Annual report of the Punjab Veterinary College and of the Civil Veterinary Department, Punjab - 1926-1932
Year: 1926
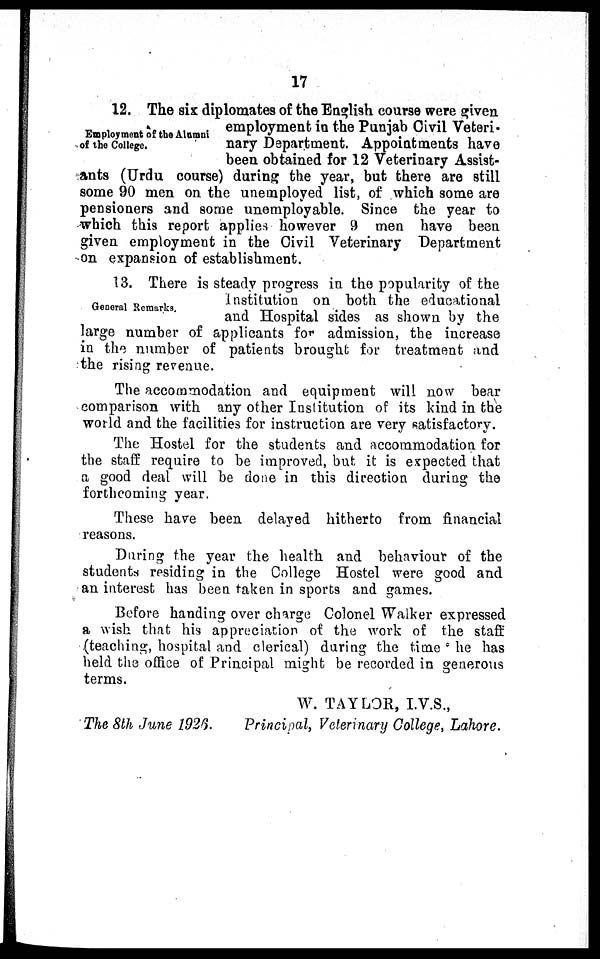
17
Employment of the Alumni
of the College.
12. The six diplomates of the English course were given
employment in the Punjab Civil Veteri-
nary Department. Appointments have
been obtained for 12 Veterinary Assist-
ants (Urdu course) during the year, but there are still
some 90 men on the unemployed list, of which some are
pensioners and some unemployable. Since the year to
which this report applies however 9 men have been
given employment in the Civil Veterinary Department
on expansion of establishment.
General Remarks.
13. There is steady progress in the popularity of the
Institution on both the educational
and Hospital sides as shown by the
large number of applicants for admission, the increase
in the number of patients brought for treatment and
the rising revenue.
The accommodation and equipment will now bear
comparison with any other Institution of its kind in the
world and the facilities for instruction are very satisfactory.
The Hostel for the students and accommodation for
the staff require to be improved, but it is expected that
a good deal will be done in this direction during the
forthcoming year.
These have been delayed hitherto from financial
reasons.
During the year the health and behaviour of the
students residing in the College Hostel were good and
an interest has been taken in sports and games.
Before handing over charge Colonel Walker expressed
a wish that his appreciation of the work of the staff
(teaching, hospital and clerical) during the time he has
held the office of Principal might be recorded in generous
terms.
W. TAYLOR, I.V.S.,
The 8th June 1926.
Principal, Veterinary College, Lahore.